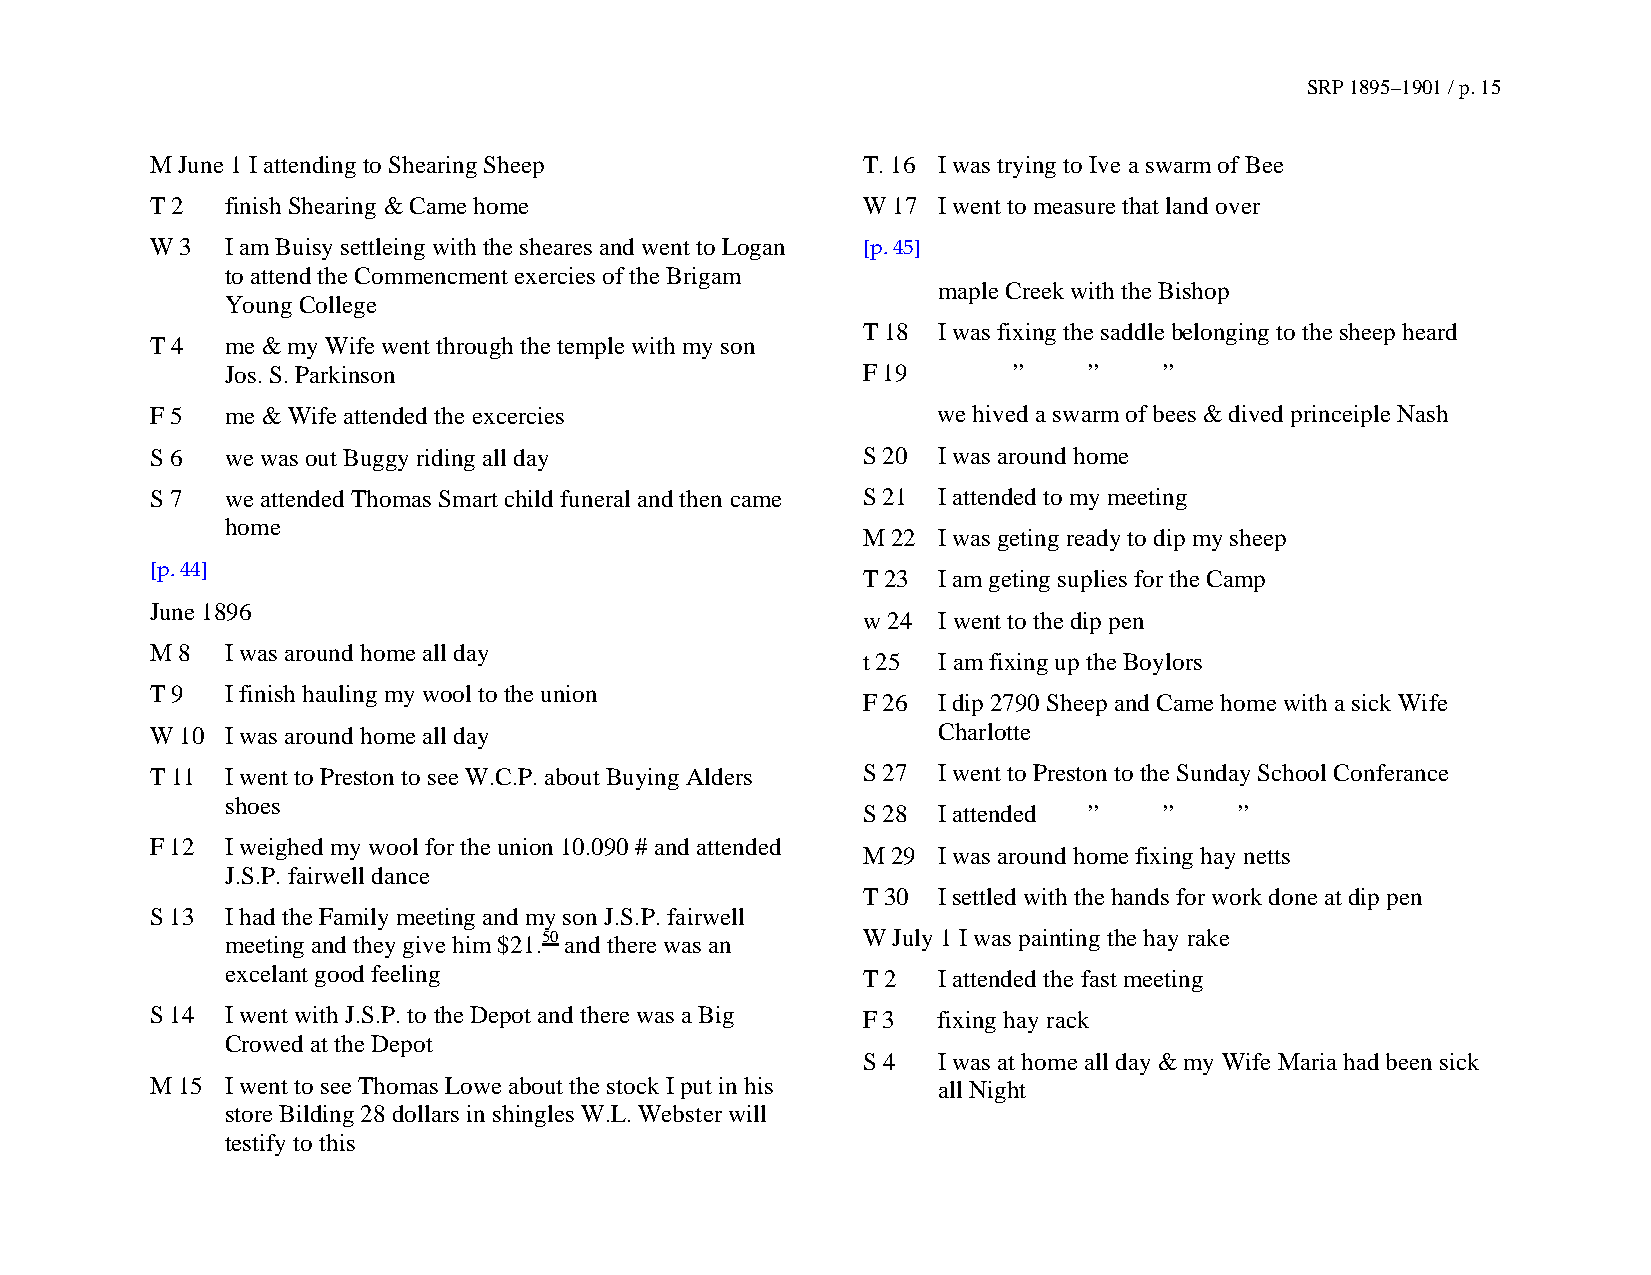
SRP 1895–1901 / p. 15
 M June 1 I attending to Shearing Sheep         T. 16 I was trying to Ive a swarm of Bee
 T 2  finish Shearing & Came home               W 17 I went to measure that land over
 W 3  I am Buisy settleing with the sheares and went to Logan [p. 45]
 to attend the Commencment exercies of the Brigam
 maple Creek with the Bishop
 Young College
 T 18 I was fixing the saddle belonging to the sheep heard
 T 4  me & my Wife went through the temple with my son
 Jos. S. Parkinson                         F 19      ”    ”    ”
 F 5  me & Wife attended the excercies               we hived a swarm of bees & dived princeiple Nash
 S 6  we was out Buggy riding all day           S 20 I was around home
 S 7  we attended Thomas Smart child funeral and then came S 21 I attended to my meeting
 home
 M 22 I was geting ready to dip my sheep
 [p. 44]
 T 23 I am geting suplies for the Camp
 June 1896
 w 24 I went to the dip pen
 M 8  I was around home all day
 t 25 I am fixing up the Boylors
 T 9  I finish hauling my wool to the union
 F 26 I dip 2790 Sheep and Came home with a sick Wife
 W 10 I was around home all day                      Charlotte
 T 11 I went to Preston to see W.C.P. about Buying Alders S 27 I went to Preston to the Sunday School Conferance
 shoes
 S 28 I attended ”   ”    ”
 F 12 I weighed my wool for the union 10.090 # and attended
 M 29 I was around home fixing hay netts
 J.S.P. fairwell dance
 T 30 I settled with the hands for work done at dip pen
 S 13 I had the Family meeting and my son J.S.P. fairwell
 meeting and they give him $21.50 and there was an W July 1 I was painting the hay rake
 excelant good feeling                     T 2  I attended the fast meeting
 S 14 I went with J.S.P. to the Depot and there was a Big F 3 fixing hay rack
 Crowed at the Depot
 S 4  I was at home all day & my Wife Maria had been sick
 M 15 I went to see Thomas Lowe about the stock I put in his all Night
 store Bilding 28 dollars in shingles W.L. Webster will
 testify to this